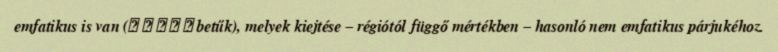
emfatikus is van (ق ص ض ط ظ betűk), melyek kiejtése – régiótól függő mértékben – hasonló nem emfatikus párjukéhoz.